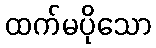
ထက်မပိုသော